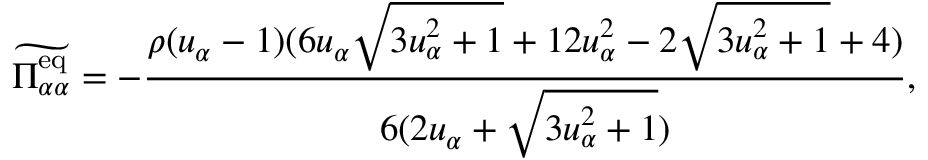
\widetilde { \Pi _ { \alpha \alpha } ^ { \mathrm { e q } } } = - \frac { \rho ( u _ { \alpha } - 1 ) ( 6 u _ { \alpha } \sqrt { 3 u _ { \alpha } ^ { 2 } + 1 } + 1 2 u _ { \alpha } ^ { 2 } - 2 \sqrt { 3 u _ { \alpha } ^ { 2 } + 1 } + 4 ) } { 6 ( 2 u _ { \alpha } + \sqrt { 3 u _ { \alpha } ^ { 2 } + 1 } ) } ,